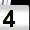
Digit: 4